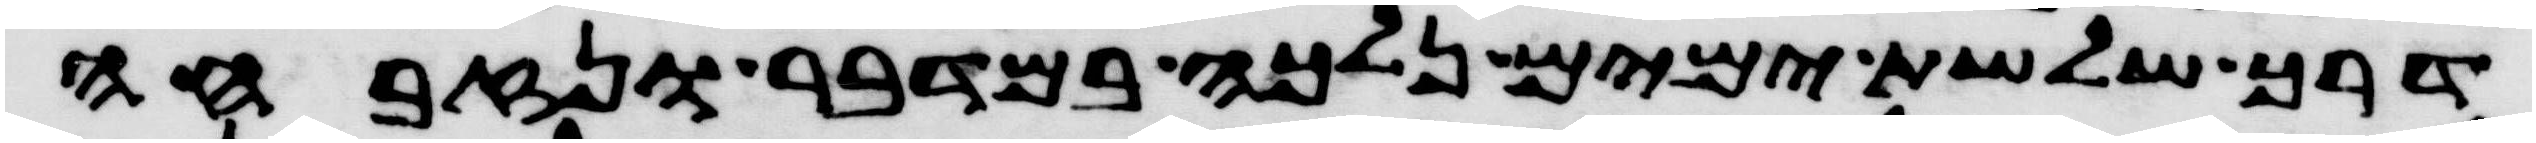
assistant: דרך שלשת ימים נלכה במדבר ונזבחה